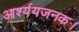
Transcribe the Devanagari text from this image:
आर्श्ययजनक।